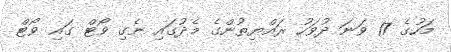
މަހުގެ 17 ވަނަ ދުވަހު ރައްޔިތުންގެ މެދުގައި ނެގި ވޯޓް ގައި ވޯޓް